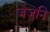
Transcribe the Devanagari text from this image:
जेजुनि